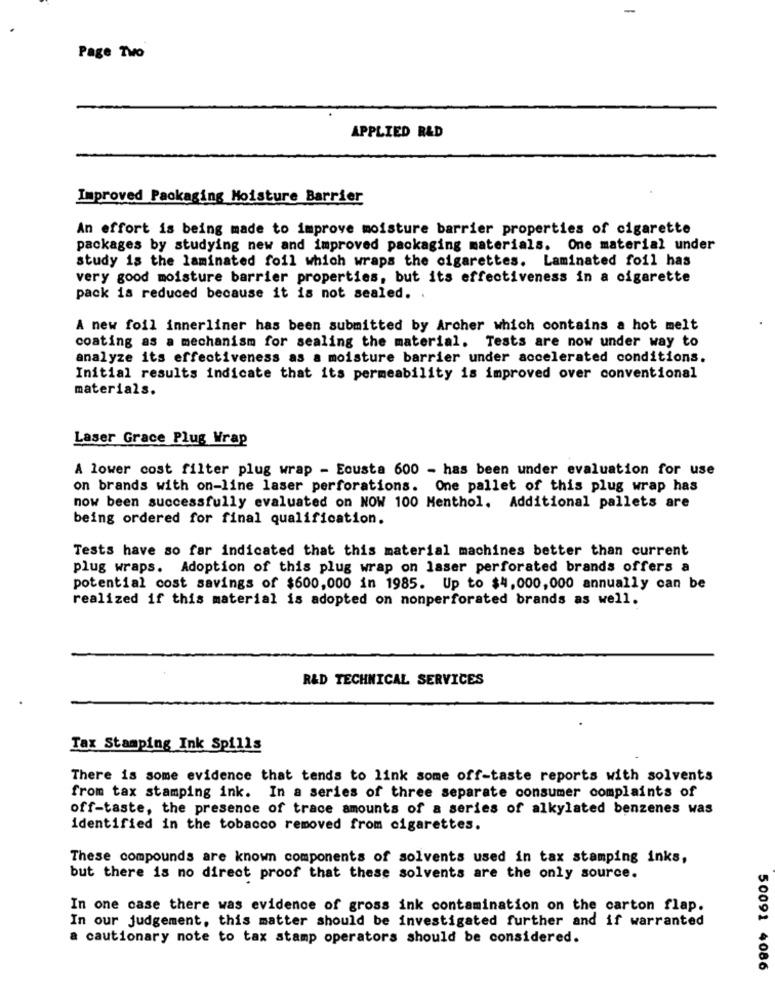
-
Page Two
APPLIED R&D
Improved Packaging Moisture Barrier
An effort is being made to improve moisture barrier properties of cigarette
packages by studying new and improved packaging materials. One material under
study is the laminated foil which wraps the cigarettes. Laminated foil has
very good moisture barrier properties, but its effectiveness in a cigarette
pack is reduced because it is not sealed.
A new foil innerliner has been submitted by Archer which contains a hot melt
coating as a mechanism for sealing the material. Tests are now under way to
analyze its effectiveness as a moisture barrier under accelerated conditions.
Initial results indicate that its permeability is improved over conventional
materials.
Laser Grace Plug Wrap
A lower cost filter plug wrap - Ecusta 600 - has been under evaluation for use
on brands with on-line laser perforations. One pallet of this plug wrap has
now been successfully evaluated on NOW 100 Menthol. Additional pallets are
being ordered for final qualification.
Tests have so far indicated that this material machines better than current
plug wraps. Adoption of this plug wrap on laser perforated brands offers a
potential cost savings of $600,000 in 1985. Up to $4,000,000 annually can be
realized if this material is adopted on nonperforated brands as well.
R&D TECHNICAL SERVICES
Tax Stamping Ink Spills
There is some evidence that tends to link some off-taste reports with solvents
from tax stamping ink. In a series of three separate consumer complaints of
off-taste, the presence of trace amounts of a series of alkylated benzenes was
identified in the tobacco removed from cigarettes.
These compounds are known components of solvents used in tax stamping inks,
but there is no direct proof that these solvents are the only source.
In one case there was evidence of gross ink contamination on the carton flap.
In our judgement, this matter should be investigated further and if warranted
a cautionary note to tax stamp operators should be considered.
50091 4086